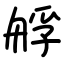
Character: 艀